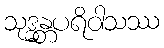
သုဒ္ဓန္တပရိဝါသဿ